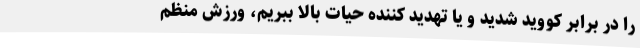
را در برابر کووید شدید و یا تهدید کننده حیات بالا ببریم، ورزش منظم